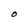
Character: O